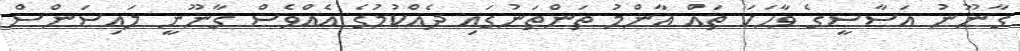
ގާނޫނު އަސާސީގެ ވާހަކަ ތައް އާންމު ތަންތަނުގައި ދެއްކުމުގެ އެއްވެސް ގާނޫނީ ލައިސަންސް